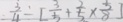
= \frac { 3 } { 4 } \div [ \frac { 3 } { 5 } + \frac { 2 } { 5 } \times \frac { 5 } { 8 } ]